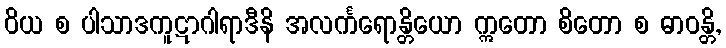
ဝိယ စ ပါသာဒကူဋာဂါရာဒီနိ အလင်္ကရောန္တိယော ဣတော စိတော စ ဓာဝန္တိ,